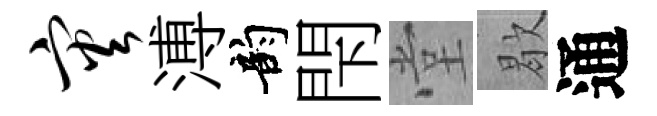
灾溥韵閇堂歇通